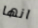
انها